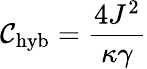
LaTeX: \mathcal{C}_{\mathrm{{hyb}}}=\frac{{4J^{2}}}{{\kappa\gamma}}